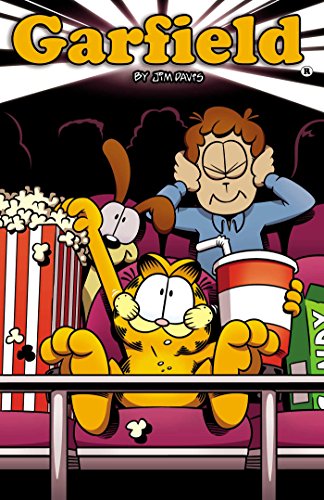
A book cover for Garfield Vol. 7; Mark Evanier; Children's Books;